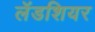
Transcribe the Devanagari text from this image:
लॅडशियर